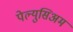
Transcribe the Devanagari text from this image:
पेल्युसिअम